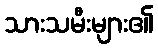
သားသမီးများ၏